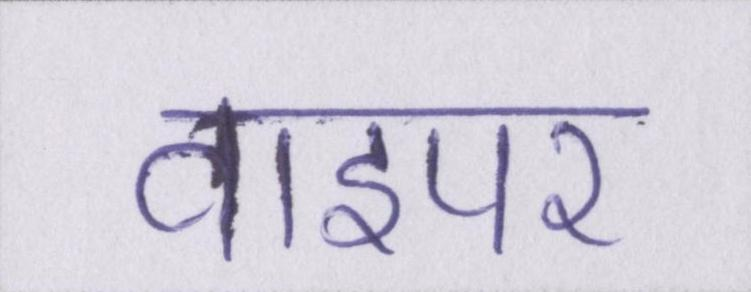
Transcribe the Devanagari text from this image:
वाइपर